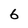
Character: 6